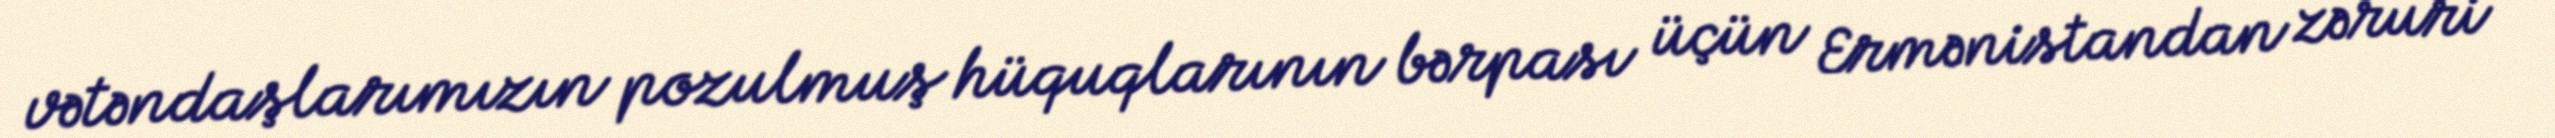
vətəndaşlarımızın pozulmuş hüquqlarının bərpası üçün Ermənistandan zəruri